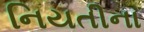
નિયતીના